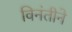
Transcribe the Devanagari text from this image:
विनंतीने